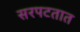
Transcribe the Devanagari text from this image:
सरपटतात